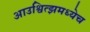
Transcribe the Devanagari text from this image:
आउश्वित्झमध्येच